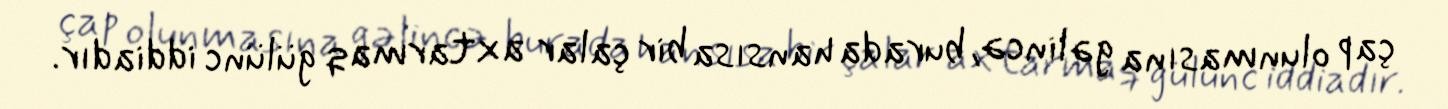
çap olunmasına gəlincə, burada hansısa bir çalar axtarmaq gülünc iddiadır.